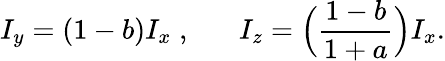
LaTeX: I_{y}=(1-b)I_{x}\; ,\; \; \; \; \; \; I_{z}=\Big(\frac{1-b}{1+a}\Big)I_{x}.